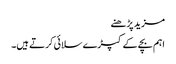
مزید پڑھنے
اہم بچے کے کپڑے سلائی کرتے ہیں۔